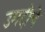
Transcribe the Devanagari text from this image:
उमदीचे